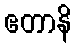
ဧတာနိ